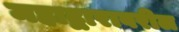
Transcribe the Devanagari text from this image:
महाद्वारावरील